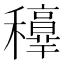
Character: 𥤁